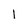
Character: 1